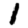
Digit: 1